Report of the Municipal Commissioner on the plague in Bombay for the year ending 31st May... - Volume 1
Disease focus: Plague
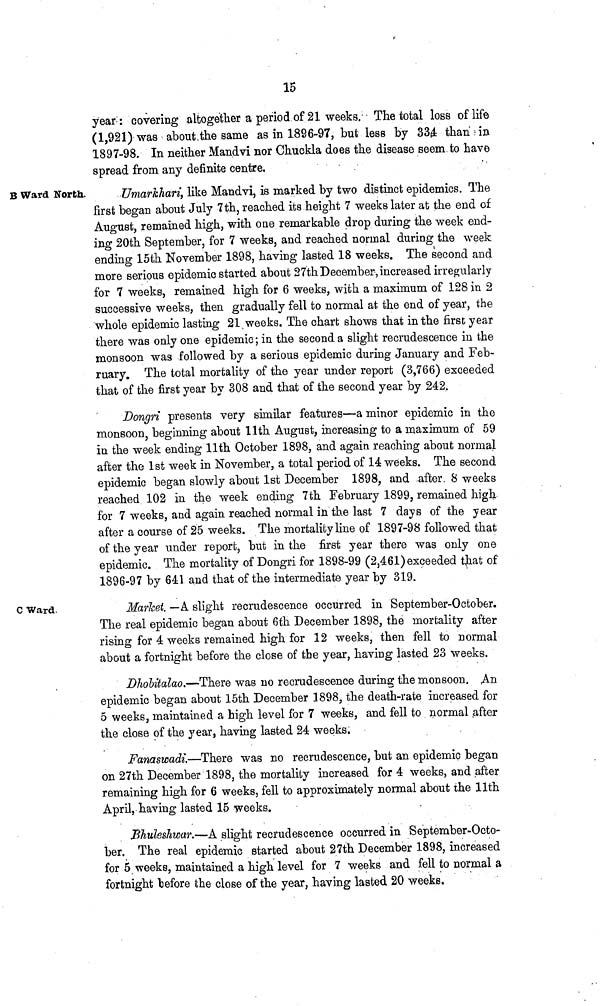
15
year : covering altogether a period of 21 weeks. The total loss of life
(1,921) was about the same as in 1896-97, but less by 33,4 than in
1897-98. In neither Mandvi nor Chuckla does the disease seem to have
spread from any definite centre.
B Ward North.
Umarkhari, like Mandvi, is marked by two distinct epidemics. The
first began about July 7th, reached its height 7 weeks later at the end of
August, remained high, with one remarkable drop during the week end-
ing 20th September, for 7 weeks, and reached normal during the week
ending 15th November 1898, having lasted 18 weeks. The second and
more serious epidemic started about 27th December, increased irregularly
for 7 weeks, remained high for 6 weeks, with a maximum of 128 in 2
successive weeks, then gradually fell to normal at the end of year, the
whole epidemic lasting 21 weeks. The chart shows that in the first year
there was only one epidemic; in the second a slight recrudescence in the
monsoon was followed by a serious epidemic during January and Feb-
ruary. The total mortality of the year under report (3,766) exceeded
that of the first year by 308 and that of the second year by 242.
Dongri presents very similar features—a minor epidemic in the
monsoon, beginning about llth August, increasing to a maximum of 59
in the week ending llth October 1898, and again, reaching about normal
after the 1st week in November, a total period of 14 weeks. The second
epidemic began slowly about 1st December 1898, and after 8 weeks
reached 102 in the week ending 7th February 1899, remained high
for 7 weeks, and again reached normal in the last 7 days of the year
after a course of 25 weeks. The mortality line of 1897-98 followed that
of the year under report, but in the first year there was only one
epidemic. The mortality of Dongri for 1898-99 (2,461) exceeded that of
1896-97 by 641 and that of the intermediate year by 319.
C Ward.
Market. —A slight recrudescence occurred in September-October.
The real epidemic began about 6th December 1898, the mortality after
rising for 4 weeks remained high for 12 weeks, then fell to normal
about a fortnight before the close of the year, having lasted 23 weeks.
DhoMalao.—There was no recrudescence during the monsoon. An
epidemic began about 15th December 1898, the death-rate increased for
5 weeks, maintained a high level for 7 weeks, and fell to normal after
the close of the year, having lasted 24 weeks.
Fanaswadi—There was no recrudescence, but an epidemic began
on 27th December 1898, the mortality increased for 4 weeks, and after
remaining high for 6 weeks, fell to approximately normal about the llth
April, having lasted 15 weeks.
JBJiuleshwar.—A slight recrudescence occurred in September-Octo-
ber. The real epidemic started about 27th December 1898, increased
for 5 weeks, maintained a high level for 7 weeks and fell to normal a
fortnight lefore the close of the year, having lasted 20 weeks.